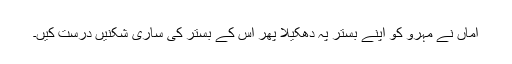
اماں نے مہرو کو اپنے بستر پہ دھکیلا پھر اس کے بستر کی ساری شکنیں درست کیں۔